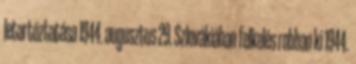
letartóztatása 1944. augusztus 29. Szlovákiában felkelés robban ki 1944.